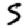
Digit: 5